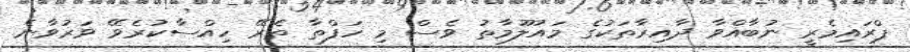
ޕްރައިމެރީ ނުބާއްވާ ދާއިރާތަކުގެ މައުލޫމާތު ވެސް މި ހަފްތާ ތެރޭ ހިއްސާކުރެވޭ ވަރުވާނެ